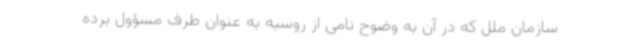
سازمان ملل که در آن به وضوح نامی از روسیه به عنوان طرف مسؤول برده